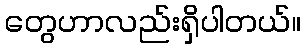
တွေဟာလည်းရှိပါတယ်။